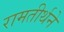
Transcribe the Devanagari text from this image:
रामतीर्थने